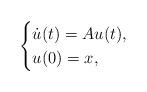
LaTeX: \begin{align*}\begin{cases}\dot{u}(t)=Au(t),\\u(0)=x,\end{cases}\end{align*}